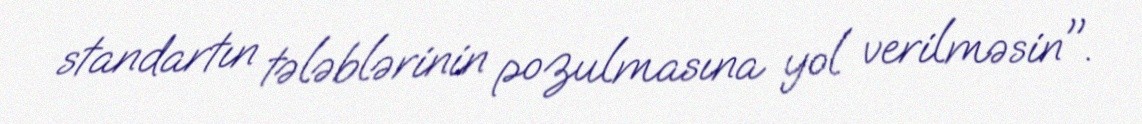
standartın tələblərinin pozulmasına yol verilməsin".